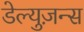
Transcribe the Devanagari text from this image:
डेल्युज़न्स